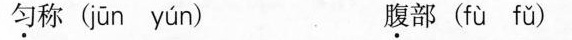
\underset{·}{匀}称( jūn yún ) \underset{·}{腹}部( fù fǔ )